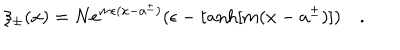
\xi _ { \pm } ( x ) = N e ^ { m \epsilon ( x - a ^ { \pm } ) } ( \epsilon - \tanh [ m ( x - a ^ { \pm } ) ] ) \quad .